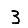
Digit: 3